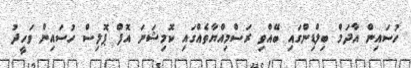
ހުސައިން އާދަމް ބިލްޑިންގައި ބޭއްވި ރަސްމިއްޔާތެއްގައި ކޮމިޝަނަ އޮފް ޕޮލިސް ހުސައިން ވަހީދު